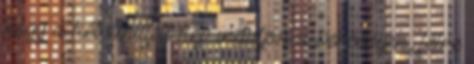
hogy a két említett kép induljon a versenyen, félre